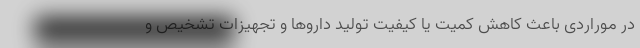
در موراردی باعث کاهش کمیت یا کیفیت تولید داروها و تجهیزات تشخیص و